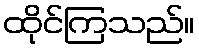
ထိုင်ကြသည်။